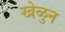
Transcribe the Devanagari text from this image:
खेळुन